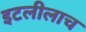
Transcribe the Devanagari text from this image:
इटलीलाच